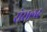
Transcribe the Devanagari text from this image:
सेसलर